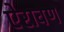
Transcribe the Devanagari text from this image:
ऐरावण